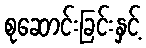
စုဆောင်းခြင်းနှင့်